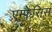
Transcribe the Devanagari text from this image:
एम्फेसिस